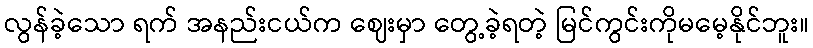
လွန်ခဲ့သော ရက် အနည်းငယ်က ဈေးမှာ တွေ့ခဲ့ရတဲ့ မြင်ကွင်းကိုမမေ့နိုင်ဘူး။